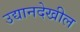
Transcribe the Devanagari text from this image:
उद्यानदेखील